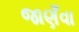
જાણઁવા